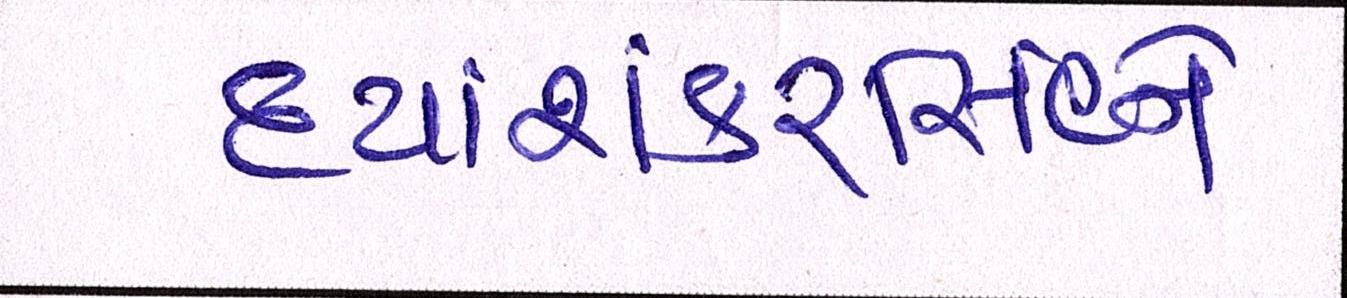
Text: દયાશંકરિંસહને